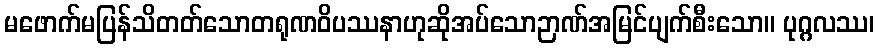
မဖောက်မပြန်သိတတ်သောတရုဏဝိပဿနာဟုဆိုအပ်သောဉာဏ်အမြင်ပျက်စီးသော။ ပုဂ္ဂလဿ၊